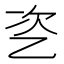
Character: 乲